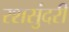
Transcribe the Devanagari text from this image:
रशसुंदरी